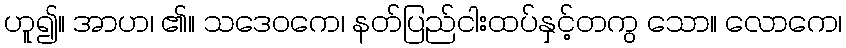
ဟူ၍။ အာဟ၊ ၏။ သဒေဝကေ၊ နတ်ပြည်ငါးထပ်နှင့်တကွ သော။ လောကေ၊